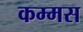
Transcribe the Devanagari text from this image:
कम्मस